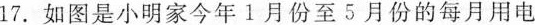
17.如图是小明家今年1月份至5月份的每月用电